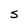
Character: S